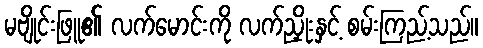
မဗျိုင်းဖြူ၏ လက်မောင်းကို လက်ညှိုးနှင့် စမ်းကြည့်သည်။